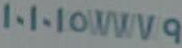
١٠١٠١٥٧٧٧٩